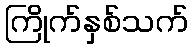
ကြိုက်နှစ်သက်